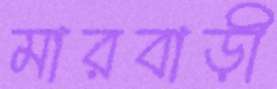
মারবাড়ী